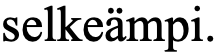
selkeämpi.